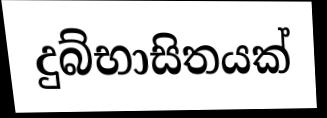
දුබ්භාසිතයක්